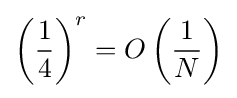
\left({{1} \over {4}}\right)^{r}=O\left({{1} \over {N}}\right)